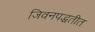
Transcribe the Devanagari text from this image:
जिवनपद्धतीत